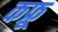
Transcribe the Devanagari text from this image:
कफ्रू